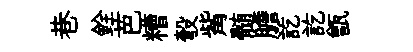
巷銓芭糟彀觜髄膽訖訖甑